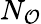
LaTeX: N_{\mathcal{O}}